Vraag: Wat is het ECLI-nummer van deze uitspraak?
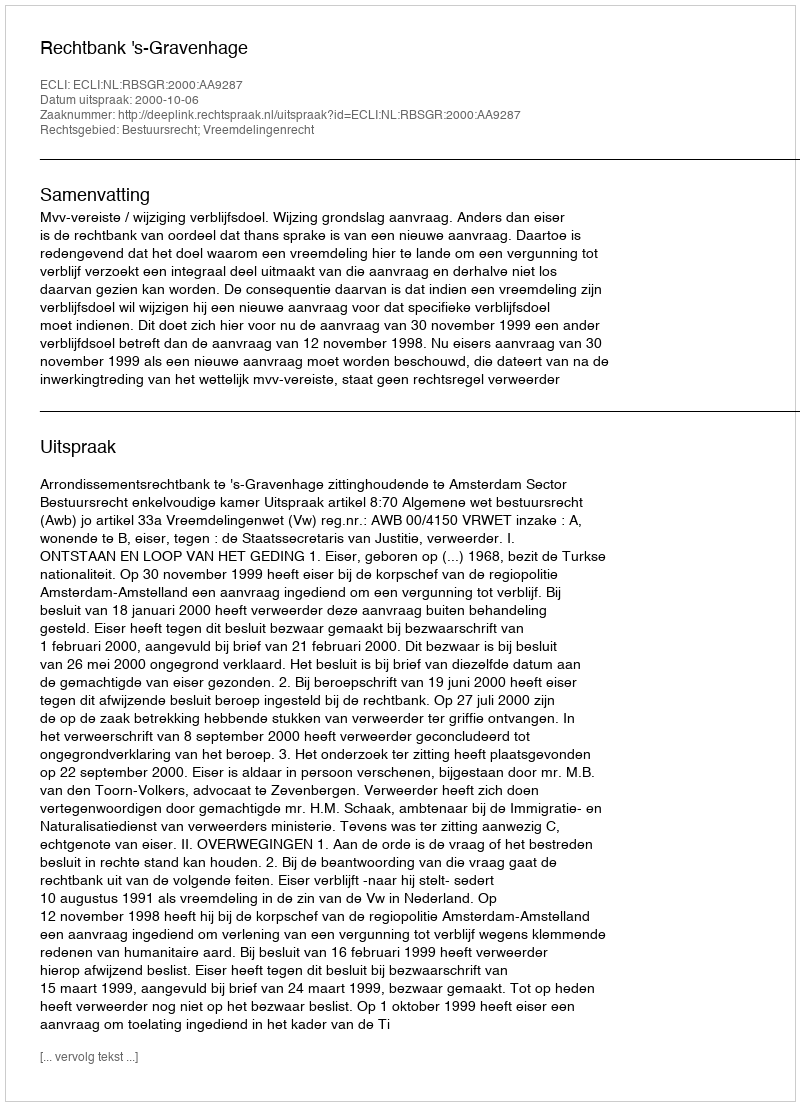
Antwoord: ECLI:NL:RBSGR:2000:AA9287